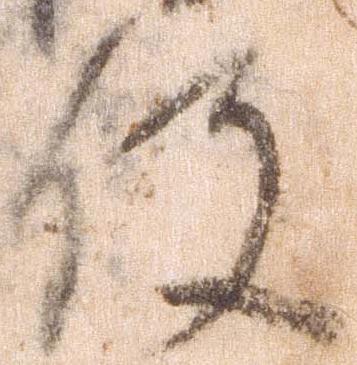
役